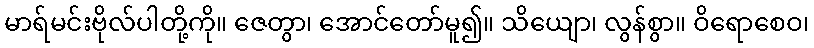
မာရ်မင်းဗိုလ်ပါတို့ကို။ ဇေတွာ၊ အောင်တော်မူ၍။ သိယျော၊ လွန်စွာ။ ဝိရောစေဝ၊